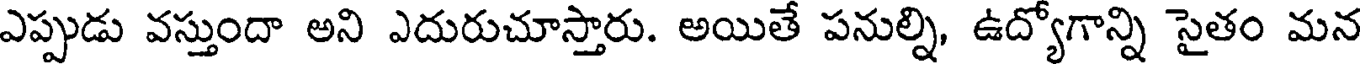
ఎప్పుడు వస్తుందా అని ఎదురుచూస్తారు. అయితే పనుల్ని, ఉద్యోగాన్ని సైతం మన